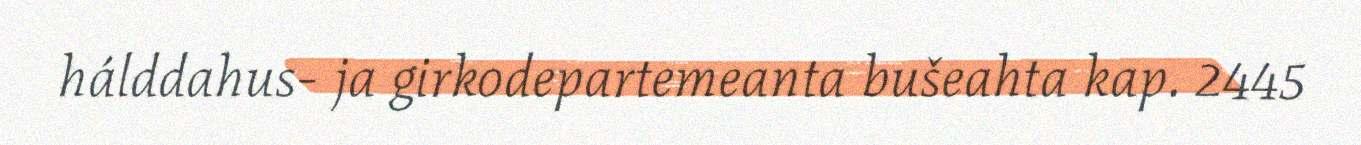
hálddahus- ja girkodepartemeanta bušeahta kap. 2445